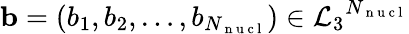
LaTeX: \mathbf{b}=(b_{1},b_{2},\dots,b_{N_{\mathrm{~n~u~c~l~}}})\in{\mathcal{L}_{3}}^{N_{\mathrm{~n~u~c~l~}}}